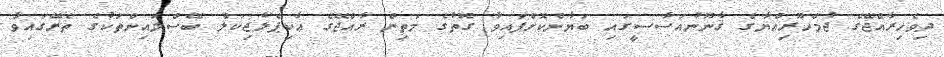
ދިވެހިރާއްޖޭގެ ޖުމްހޫރިއްޔާގެ ޤާނޫނުއަސާސީގައި ބަޔާންކޮށްފައިވާ ގޮތުގެ މަތިން ރާއްޖޭގެ އާކިޕެލެޖިކަލް ބޭސްލައިންތަކުގެ ތެރޭގައިވާ